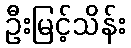
ဦးမြင့်သိန်း